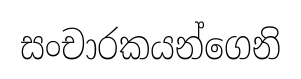
සංචාරකයන්ගෙනි